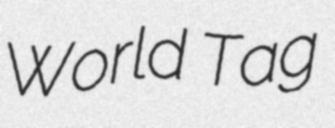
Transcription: World Tag